Report of the Indian Hemp Drugs Commission, 1894-1895 - Volume I
Year: 1894
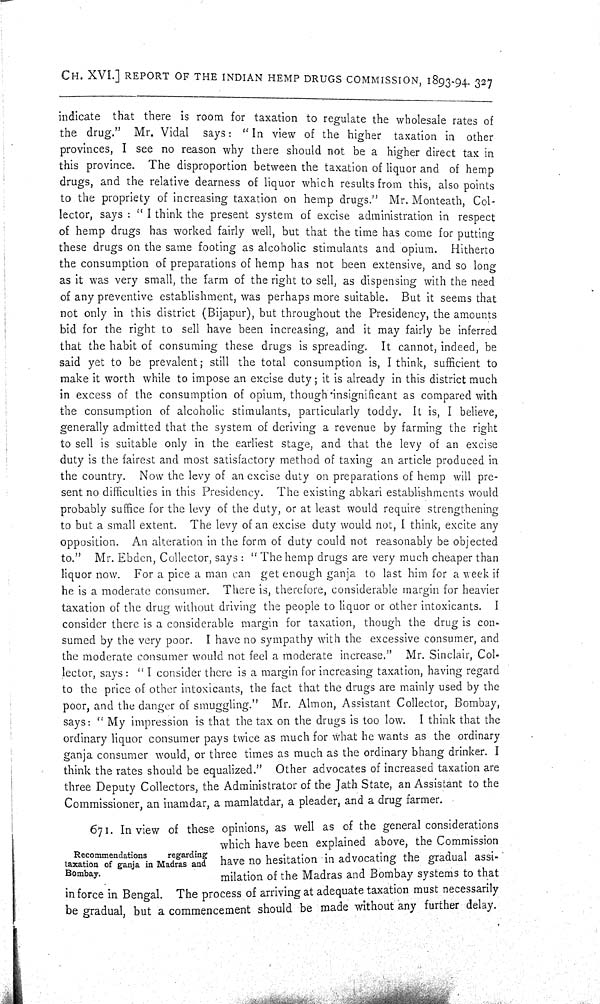
CH. XVI.] REPORT OF THE INDIAN HEMP DRUGS COMMISSION, 1893-94. 327
indicate that there is room for taxation to regulate the wholesale rates of
the drug." Mr. Vidal says: "In view of the higher taxation in other
provinces, I see no reason why there should not be a higher direct tax in
this province. The disproportion between the taxation of liquor and of hemp
drugs, and the relative dearness of liquor which results from this, also points
to the propriety of increasing taxation on hemp drugs." Mr. Monteath, Col-
lector, says: "I think the present system of excise administration in respect
of hemp drugs has worked fairly well, but that the time has come for putting
these drugs on the same footing as alcoholic stimulants and opium. Hitherto
the consumption of preparations of hemp has not been extensive, and so long
as it was very small, the farm of the right to sell, as dispensing with the need
of any preventive establishment, was perhaps more suitable. But it seems that
not only in this district (Bijapur), but throughout the Presidency, the amounts
bid for the right to sell have been increasing, and it may fairly be inferred
that the habit of consuming these drugs is spreading. It cannot, indeed, be
said yet to be prevalent; still the total consumption is, I think, sufficient to
make it worth while to impose an excise duty; it is already in this district much
in excess of the consumption of opium, though insignificant as compared with
the consumption of alcoholic stimulants, particularly toddy. It is, I believe,
generally admitted that the system of deriving a revenue by farming the right
to sell is suitable only in the earliest stage, and that the levy of an excise
duty is the fairest and most satisfactory method of taxing an article produced in
the country. Now the levy of an excise duty on preparations of hemp will pre-
sent no difficulties in this Presidency. The existing abkari establishments would
probably suffice for the levy of the duty, or at least would require strengthening
to but a small extent. The levy of an excise duty would not, I think, excite any
opposition. An alteration in the form of duty could not reasonably be objected
to." Mr. Ebden, Collector, says: "The hemp drugs are very much cheaper than
liquor now. For a pice a man can get enough ganja to last him for a week if
he is a moderate consumer. There is, therefore, considerable margin for heavier
taxation of the drug without driving the people to liquor or other intoxicants. I
consider there is a considerable margin for taxation, though the drug is con-
sumed by the very poor. I have no sympathy with the excessive consumer, and
the moderate consumer would not feel a moderate increase." Mr. Sinclair, Col-
lector, says: "I consider there is a margin for increasing taxation, having regard
to the price of other intoxicants, the fact that the drugs are mainly used by the
poor, and the danger of smuggling." Mr. Almon, Assistant Collector, Bombay,
says: "My impression is that the tax on the drugs is too low. I think that the
ordinary liquor consumer pays twice as much for what he wants as the ordinary
ganja consumer would, or three times as much as the ordinary bhang drinker. I
think the rates should be equalized." Other advocates of increased taxation are
three Deputy Collectors, the Administrator of the Jath State, an Assistant to the
Commissioner, an inamdar, a mamlatdar, a pleader, and a drug farmer.
Recommendations
regarding
taxation of ganja in Madras and
Bombay.
671. In view of these opinions, as well as of the general considerations
which have been explained above, the Commission
have no hesitation in advocating the gradual assi-
milation of the Madras and Bombay systems to that
in force in Bengal. The process of arriving at adequate taxation must necessarily
be gradual, but a commencement should be made without any further delay.